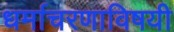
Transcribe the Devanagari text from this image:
धर्माचरणाविषयी